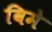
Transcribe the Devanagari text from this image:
विमे